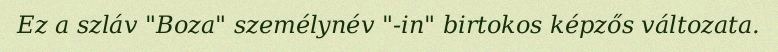
Ez a szláv "Boza" személynév "-in" birtokos képzős változata.